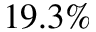
1 9 . 3 \%